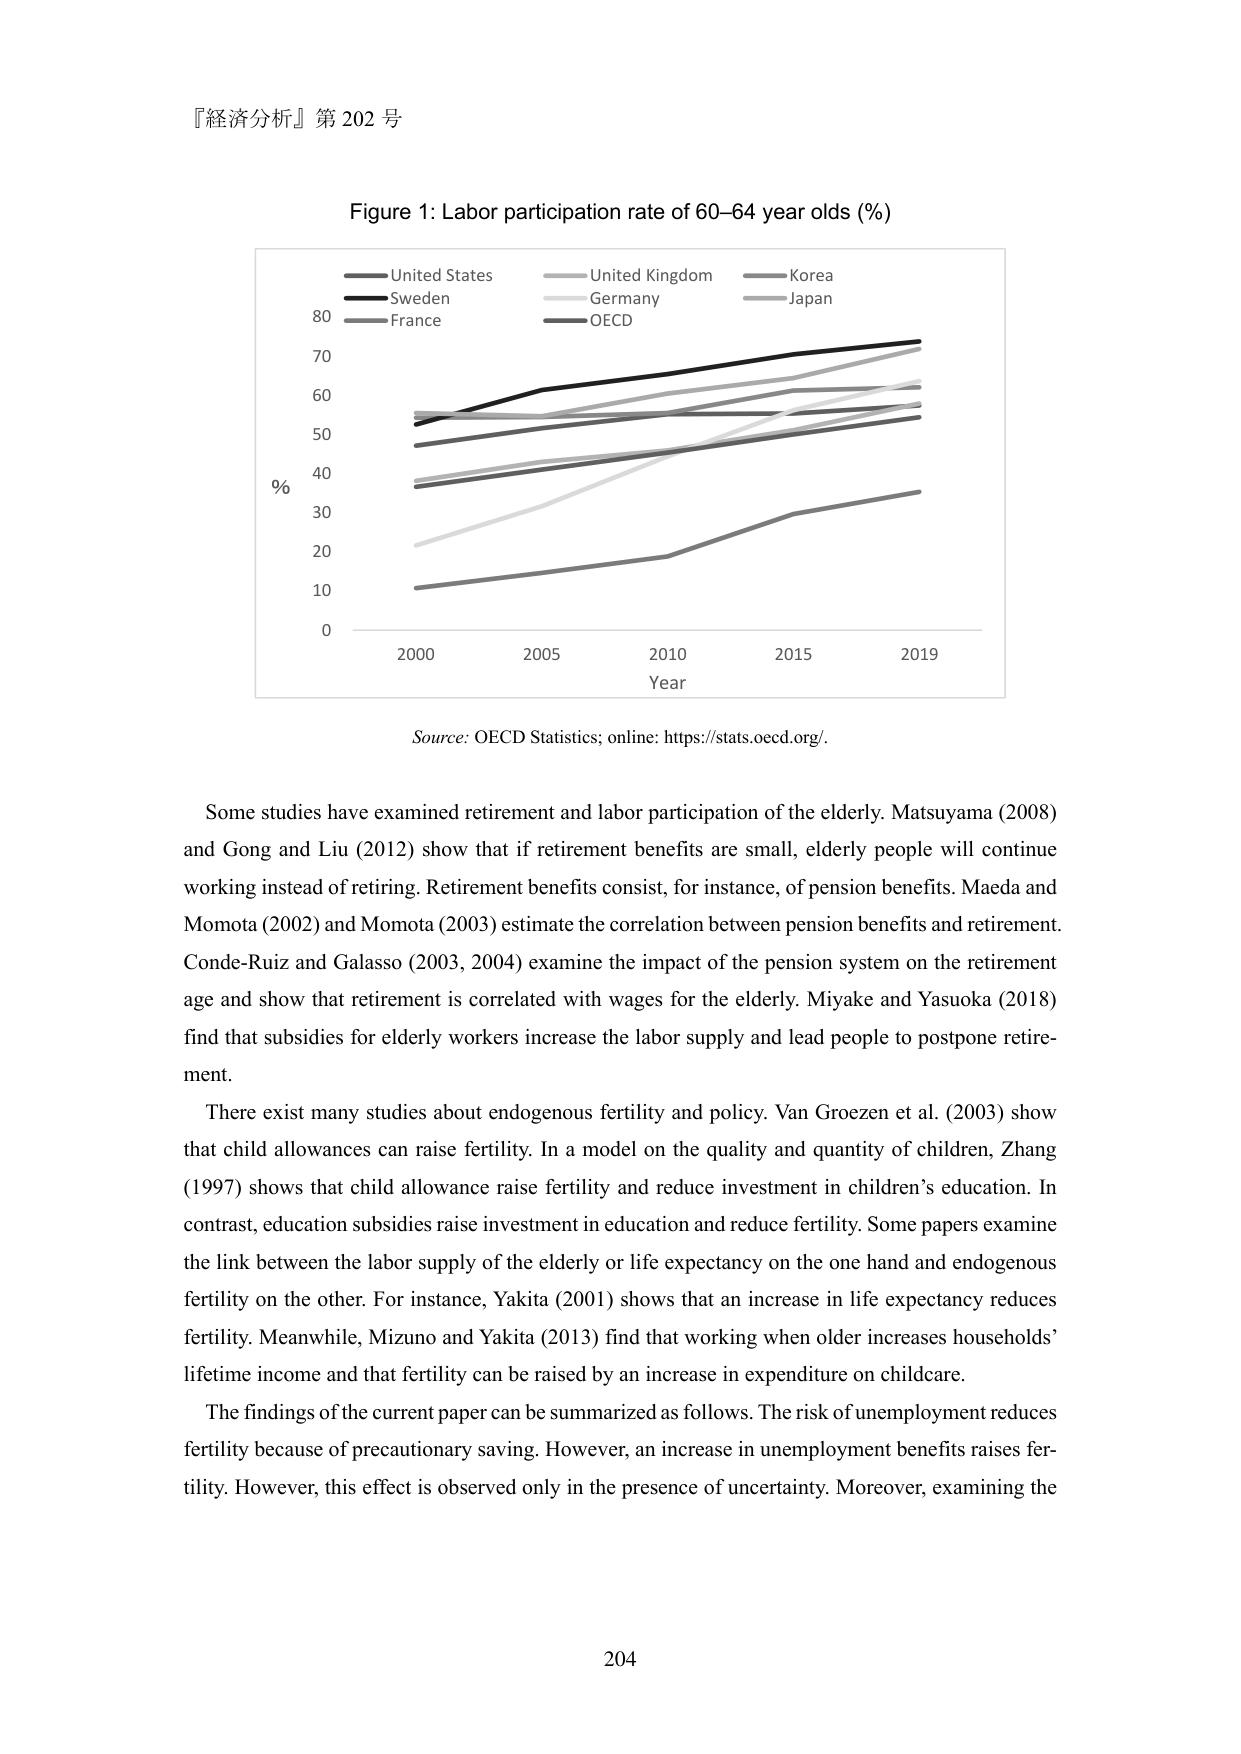
『経済分析』第 202 号

Figure 1: Labor participation rate of 60–64 year olds (%)

United States
United Kingdom
Korea
Sweden
Germany
Japan
France
OECD

%
0
10
20
30
40
50
60
70
80

2000
2005
2010
2015
2019
Year

Source: OECD Statistics; online: https://stats.oecd.org/.

Some studies have examined retirement and labor participation of the elderly. Matsuyama (2008) and Gong and Liu (2012) show that if retirement benefits are small, elderly people will continue working instead of retiring. Retirement benefits consist, for instance, of pension benefits. Maeda and Momota (2002) and Momota (2003) estimate the correlation between pension benefits and retirement. Conde-Ruiz and Galasso (2003, 2004) examine the impact of the pension system on the retirement age and show that retirement is correlated with wages for the elderly. Miyake and Yasuoka (2018) find that subsidies for elderly workers increase the labor supply and lead people to postpone retirement.

There exist many studies about endogenous fertility and policy. Van Groezen et al. (2003) show that child allowances can raise fertility. In a model on the quality and quantity of children, Zhang (1997) shows that child allowance raise fertility and reduce investment in children’s education. In contrast, education subsidies raise investment in education and reduce fertility. Some papers examine the link between the labor supply of the elderly or life expectancy on the one hand and endogenous fertility on the other. For instance, Yakita (2001) shows that an increase in life expectancy reduces fertility. Meanwhile, Mizuno and Yakita (2013) find that working when older increases households’ lifetime income and that fertility can be raised by an increase in expenditure on childcare.

The findings of the current paper can be summarized as follows. The risk of unemployment reduces fertility because of precautionary saving. However, an increase in unemployment benefits raises fertility. However, this effect is observed only in the presence of uncertainty. Moreover, examining the

204